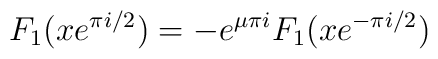
F_1(xe^{\pi i/2})=-e^{\mu \pi i}F_1(xe^{-\pi i/2})